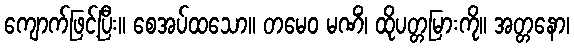
ကျောက်ဖြင့်ပြီး။ စေအပ်ထသော။ တမေဝ မဏိံ၊ ထိုပတ္တမြားကို။ အတ္တနော၊